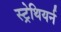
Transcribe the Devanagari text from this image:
स्ट्रेथियर्न